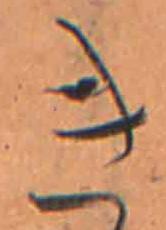
き